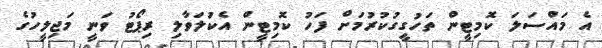
އެ މައްސަލަ ކޮމިޓީން ތަހުގީގުކުރުމަށް ފަހު ކޮމިޓީން އެކުަލަވާލި ރިޕޯޓު ވަނީ މަޖިލީހުގެ